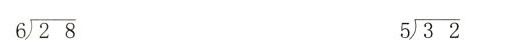
6\sqrt{28} 5\sqrt{32}